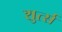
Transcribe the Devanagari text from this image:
शुर्त्स